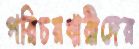
পরিচয়ধারীদের